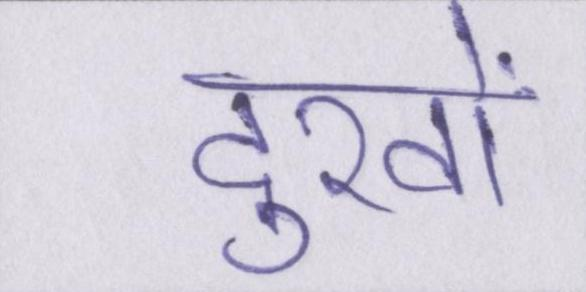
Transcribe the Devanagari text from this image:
दुखों